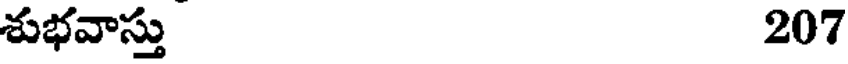
శుభవాస్తు207